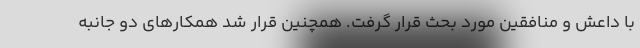
با داعش و منافقین مورد بحث قرار گرفت. همچنین قرار شد همکارهای دو جانبه